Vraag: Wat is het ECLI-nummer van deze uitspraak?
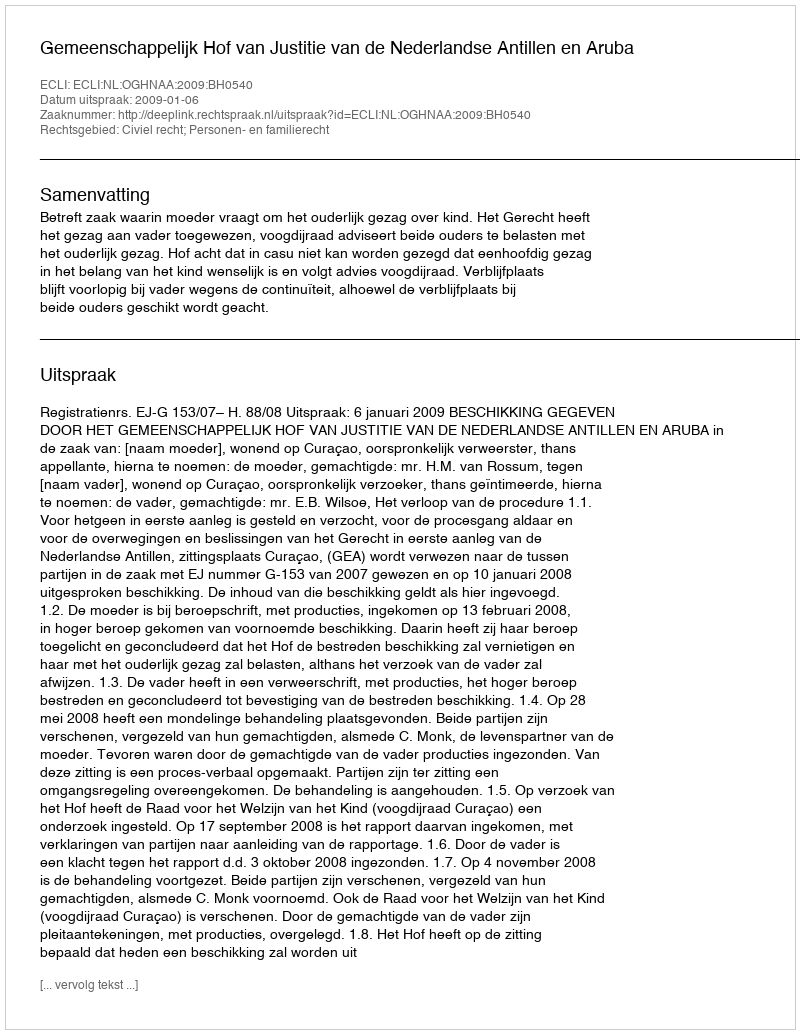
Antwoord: ECLI:NL:OGHNAA:2009:BH0540